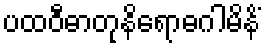
ပထဝီဓာတုနိရောဓဂါမိနိံ